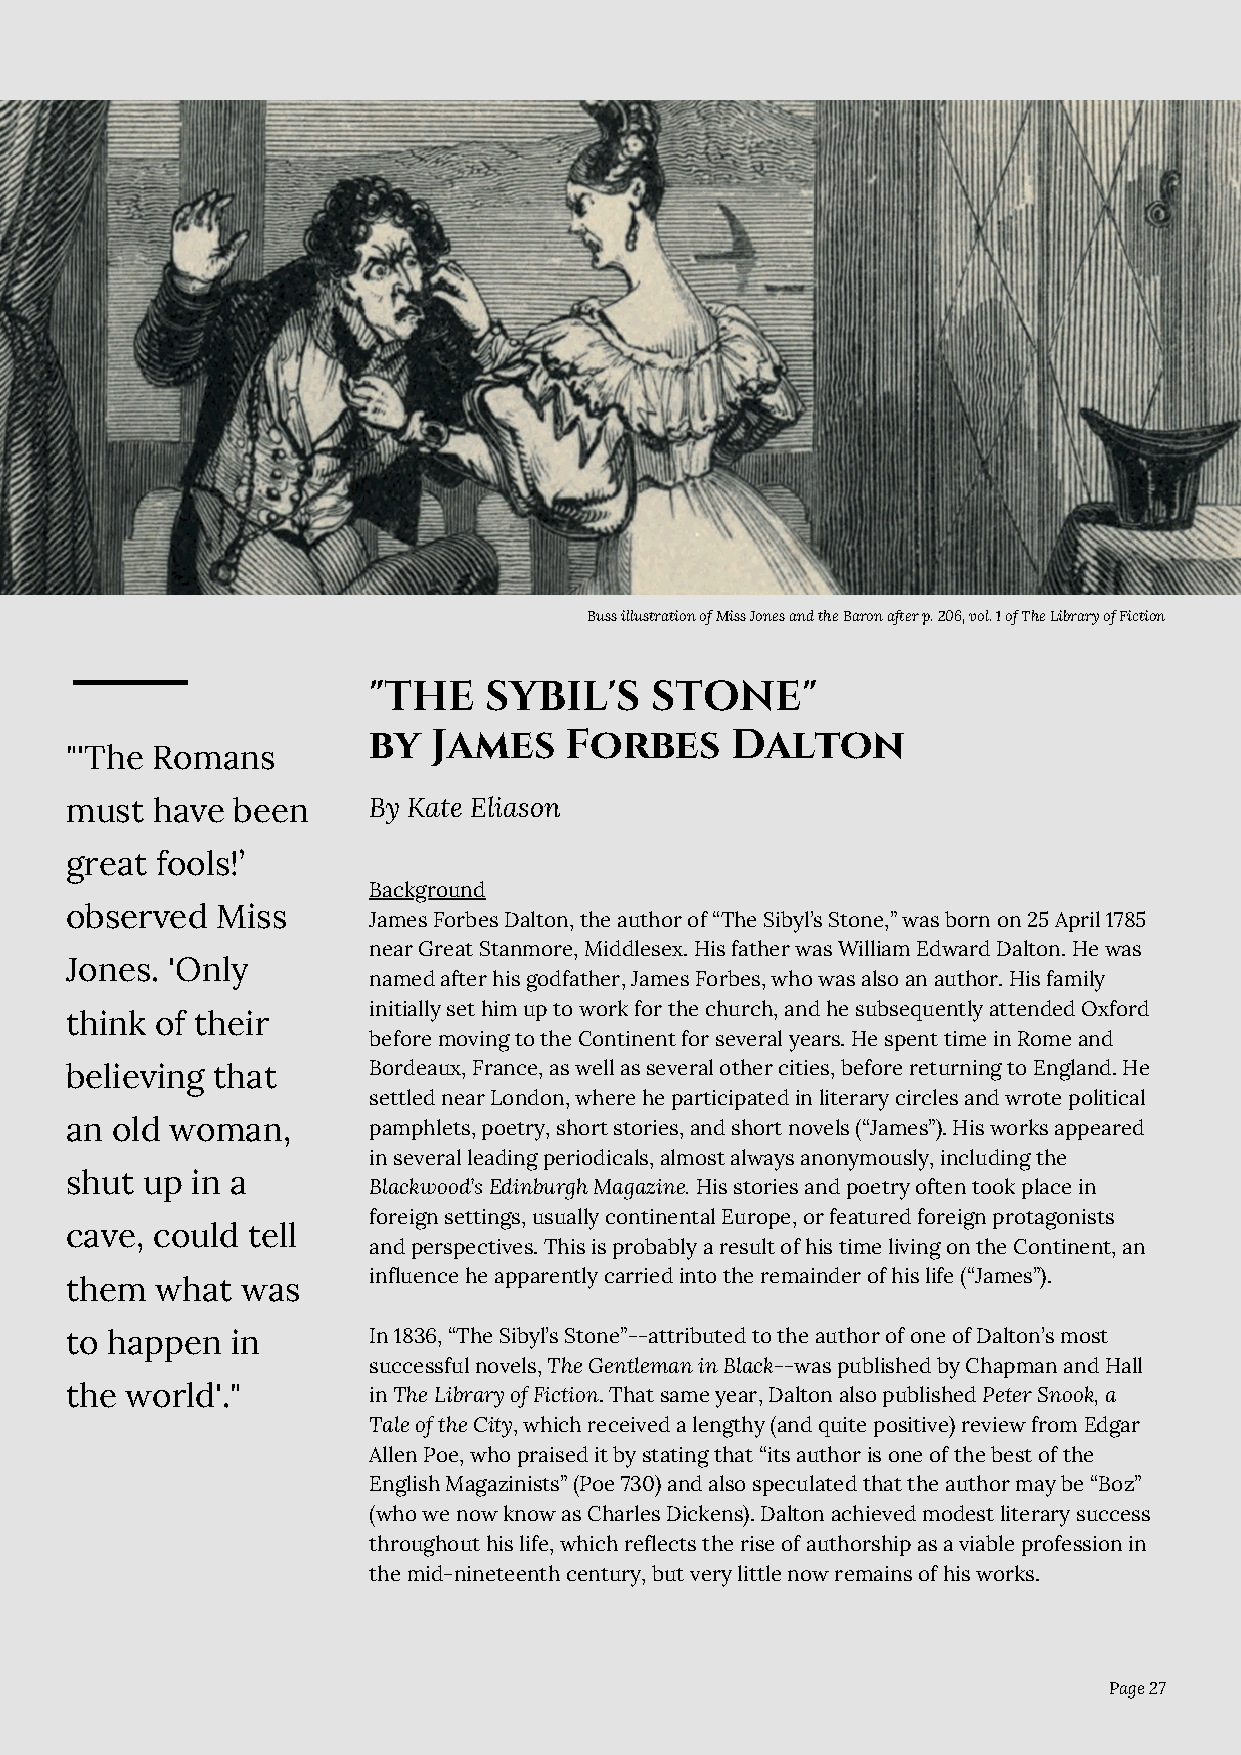
Buss illustration of Miss Jones and the Baron after p. 206, vol. 1 of The Library of Fiction
 "THE    SYBIL'S    STONE"
 by   James   Forbes     Dalton
 "'The Romans
 must  have been     By Kate Eliason
 great fools!’
 Background
 observed  Miss
 James Forbes Dalton, the author of “The Sibyl’s Stone,” was born on 25 April 1785
 near Great Stanmore, Middlesex. His father was William Edward Dalton. He was
 Jones. 'Only
 named after his godfather, James Forbes, who was also an author. His family
 initially set him up to work for the church, and he subsequently attended Oxford
 think of their
 before moving to the Continent for several years. He spent time in Rome and
 believing that      Bordeaux, France, as well as several other cities, before returning to England. He
 settled near London, where he participated in literary circles and wrote political
 an old woman,       pamphlets, poetry, short stories, and short novels (“James”). His works appeared
 in several leading periodicals, almost always anonymously, including the
 shut up  in a
 Blackwood’s Edinburgh Magazine. His stories and poetry often took place in
 foreign settings, usually continental Europe, or featured foreign protagonists
 cave, could tell
 and perspectives. This is probably a result of his time living on the Continent, an
 influence he apparently carried into the remainder of his life (“James”).
 them  what  was
 to happen  in       In 1836, “The Sibyl’s Stone”--attributed to the author of one of Dalton’s most
 successful novels, The Gentleman in Black--was published by Chapman and Hall
 the world'."        in The Library of Fiction. That same year, Dalton also published Peter Snook, a
 Tale of the City, which received a lengthy (and quite positive) review from Edgar
 Allen Poe, who praised it by stating that “its author is one of the best of the
 English Magazinists” (Poe 730) and also speculated that the author may be “Boz”
 (who we now know as Charles Dickens). Dalton achieved modest literary success
 throughout his life, which reflects the rise of authorship as a viable profession in
 the mid-nineteenth century, but very little now remains of his works.
 Page 27